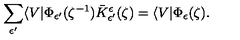
\sum _ { \epsilon ^ { \prime } } \langle V | \Phi _ { \epsilon ^ { \prime } } ( \zeta ^ { - 1 } ) \bar { K } _ { \epsilon ^ { \prime } } ^ { \epsilon } ( \zeta ) = \langle V | \Phi _ { \epsilon } ( \zeta ) .